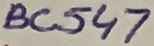
Text: BC547